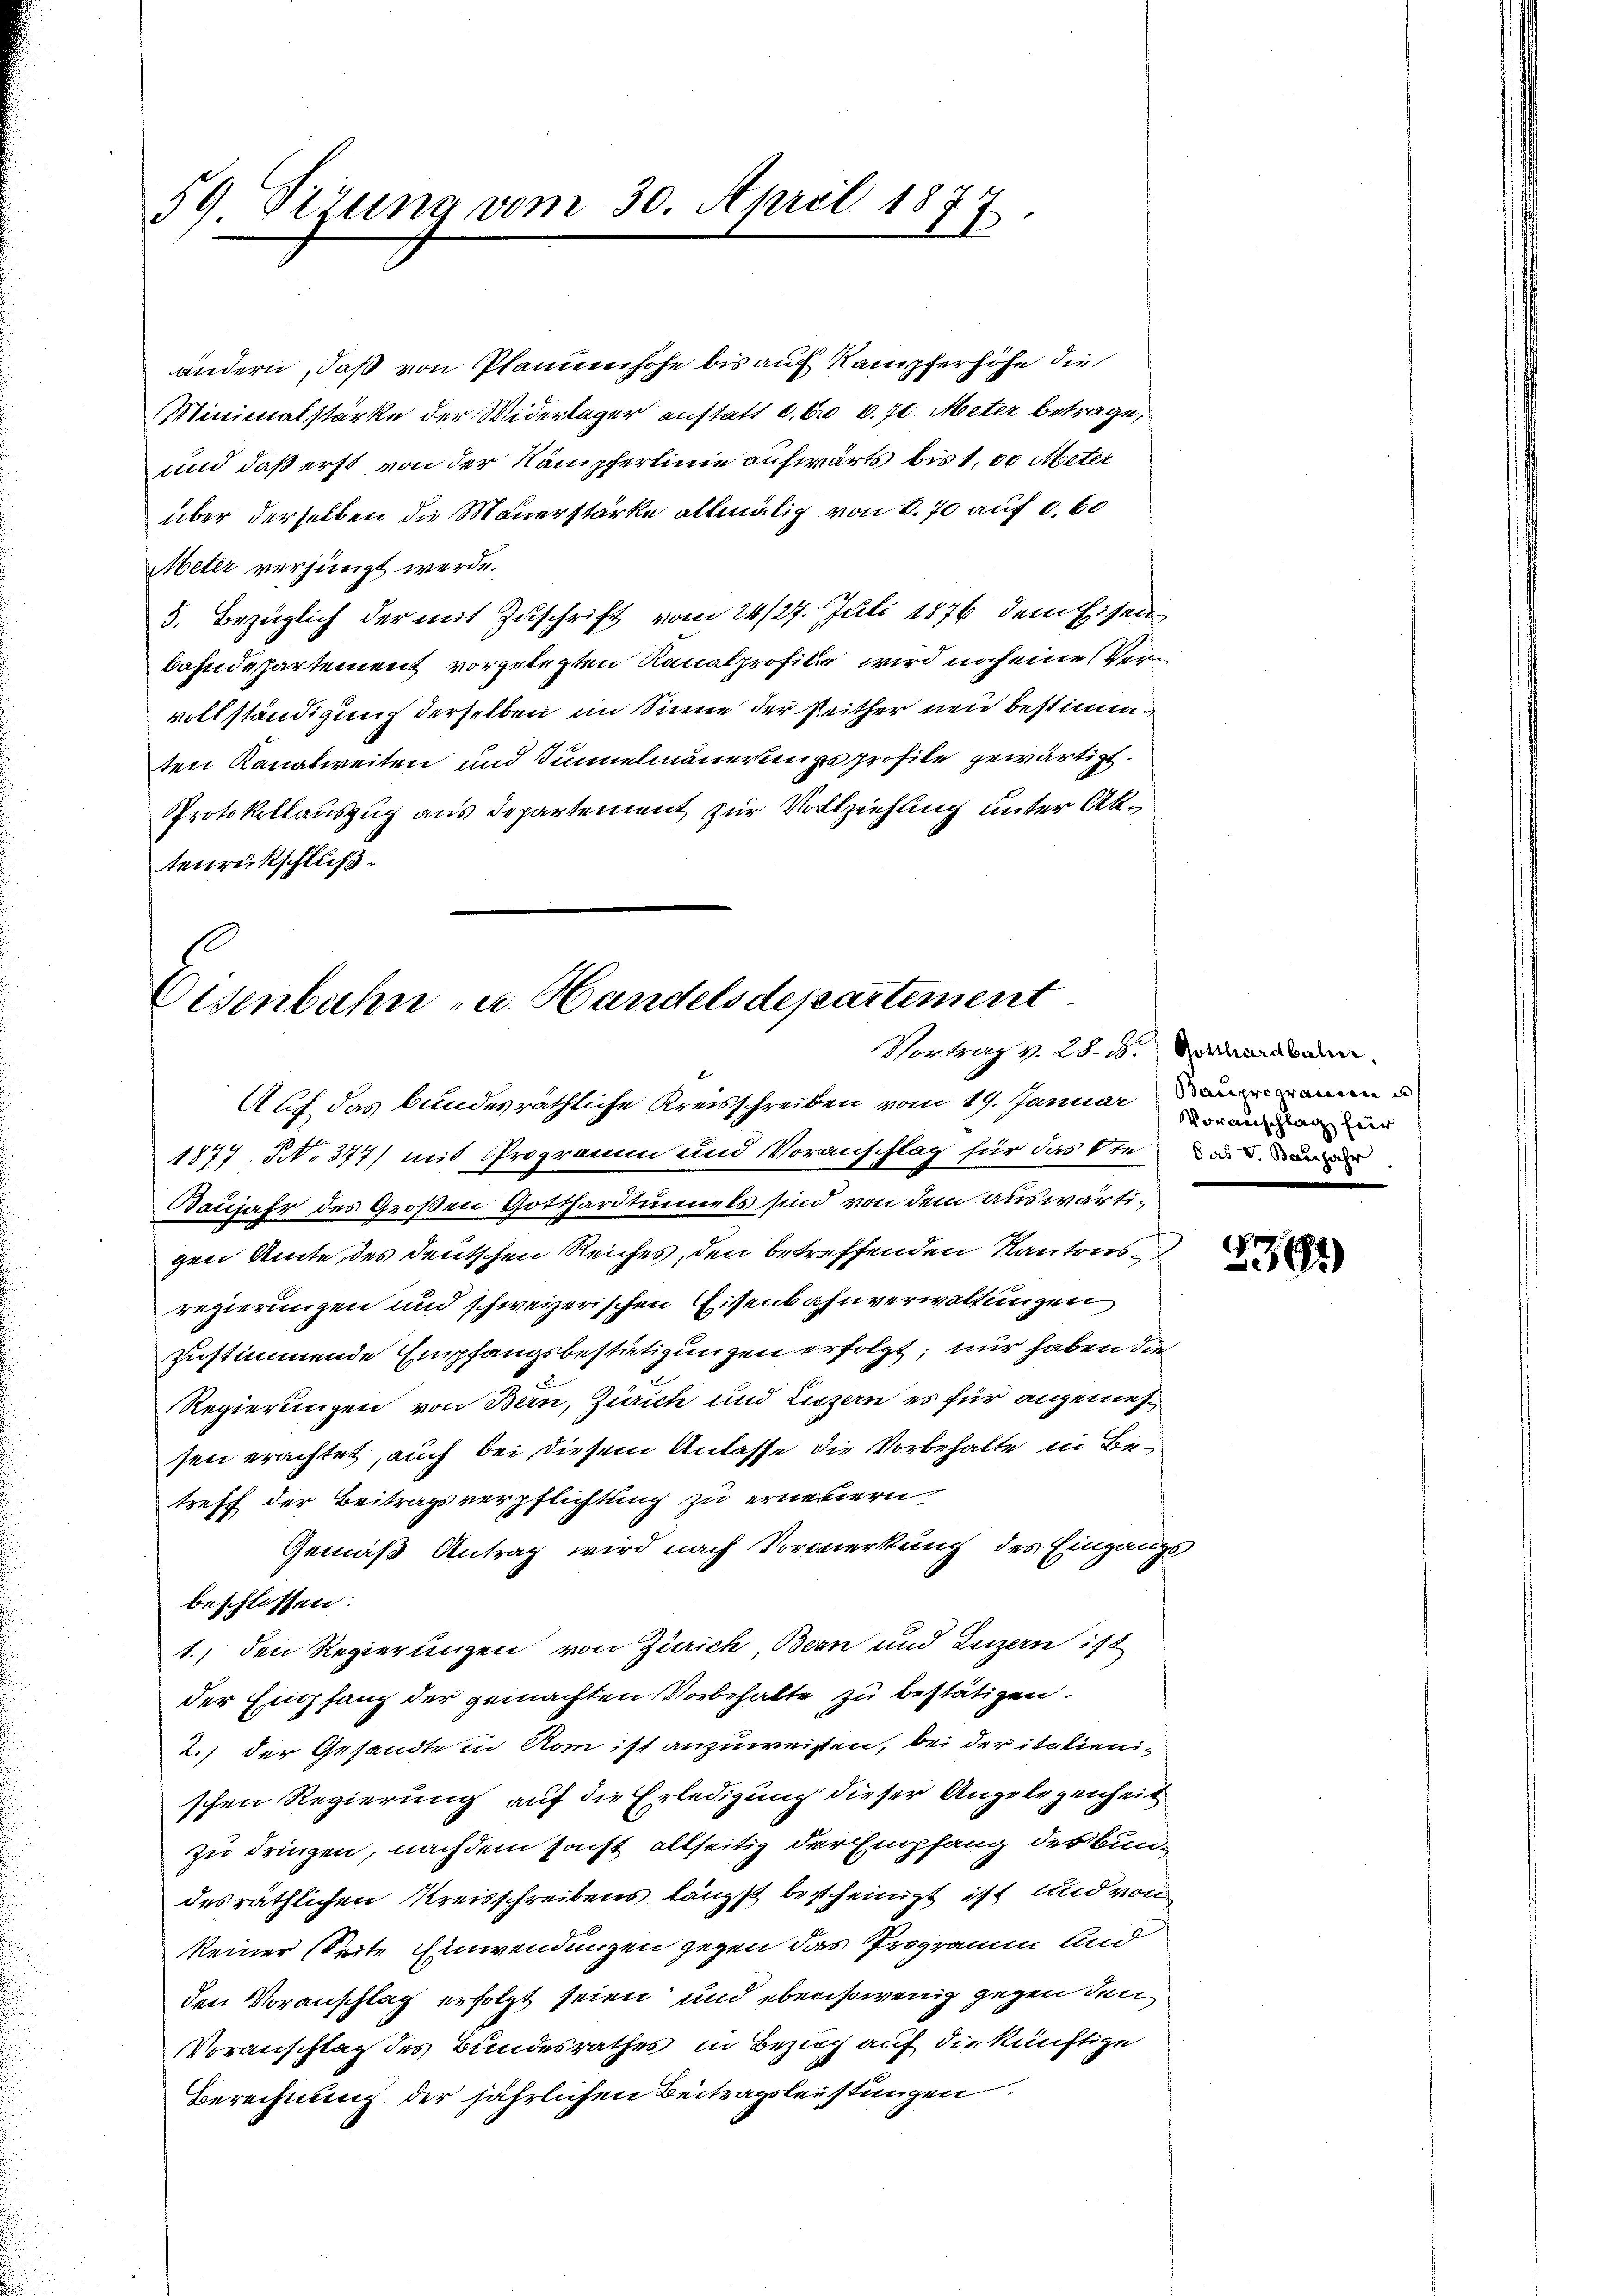
59 Pirung vom 30. April 1877.
)

ändern, daß von Planuenhofe bis auf Kampferhöhe die
Minienalstärke der Widerlager anstatt c. fr. 6. 70. Meter betrage
und daß erst von der Kämpferlinie aufwärts bis 100 Meter
über derselben die Mauerstärke allmälig von 6. 70 auf 0,60
Meter verjüngt werde.
5. Bezüglich der mit Zuschrift vom 24/27. Juli 1876 dem Eisen
bahndepartement vorgelegten Kanalprofite wird noch eine Vervollständigung derselben im Sinne der Reither neu bestimm
ten Kanalweiten und Sinnelmauerungs profile gewärtigt.
Protokollauszug aus Departement zur Vollzeichung unter Abtenrückschluß

Eisenbahn u. Handelsdepartement
Vortrag v. 28. d. Gerdardbahn.

Auf das bundesräthliche Kreisschreiben vom 19. Januar anne
1877, No 377) mit Programm und Voranschlag für das Steu
Baujahr des Großen Gotthardtunnels sind von dem auswärtigen Amte des deutschen Reiches, den betreffenden Kantonsregierungen und schweizerischen Eisenbahnverwaltungen
zustimmende Empfangsbestätigungen erfolgt; nur haben die
Regierungen von Bern, Zürich und Luzern es für angemessen erachtet, auch bei diesem Anlasse die Vorbehalte in Betreff der Beitragsverpflichtung zu erneuern,
Gemäß Antrag wird nach Vormerkung des Eingangs
beschlossen:
1.) den Regierungen von Zürich, Bern und Luzern ist
der Empfang der gemachten Vorbehalte zu bestätigen.
2.) der Gesandte in Rom ist anzuweisten, bei der italienischen Regierung auf die Erledigung dieser Angelegenheit
zu dringen, nachdem sonst allseitig der Empfang des Bundesräthlichen Kreisschreibens längst bescheinigt ist und von
keiner (Seite Einwendungen gegen das Programm und
den Voranschlag erfolgt seien und ebensowenig gegen den
Voranschlag des Bundesrathes in Bezug auf die künftige
Berechnung der jährlichen Beitragsleistungen.

Voranschlag für

.
1361)